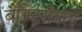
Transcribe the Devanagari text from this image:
बैक्टिरीयल